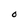
Character: O